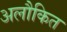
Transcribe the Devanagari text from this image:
अलौकित